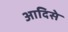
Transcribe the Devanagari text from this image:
आदिसे